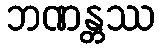
ဘဏန္တဿ